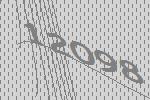
12098